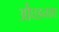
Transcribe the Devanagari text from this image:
औंघडनाथ